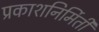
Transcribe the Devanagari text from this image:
प्रकाशनिर्मिती